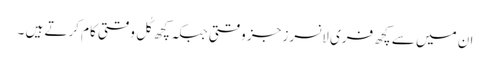
ان میں سے کچھ فری لانسرز جز وقتی جبکہ کچھ کُل وقتی کام کرتے ہیں ۔